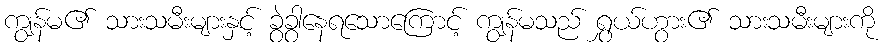
ကျွန်မ၏ သားသမီးများနှင့် ခွဲခွာနေရသောကြောင့် ကျွန်မသည် ရွှယ်ဟွား၏ သားသမီးများကို